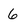
Character: 6